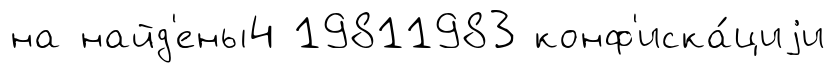
на найд'ены4 19811983 конф'иска́циjи